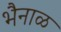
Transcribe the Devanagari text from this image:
भैनाळ